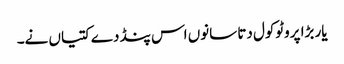
یار بڑا پروٹوکول دتا سانوں اس پنڈ دے کتیاں نے۔